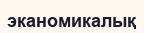
эканомикалық